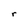
Character: r